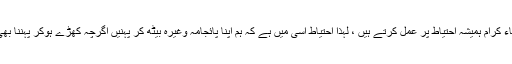
ہمارے علماء کرام ہمیشہ احتیاط پر عمل کرتے ہیں ، لہذا احتیاط اسی میں ہے کہ ہم اپنا پائجامہ وغیرہ بیٹھ کر پہنیں اگرچہ کھڑے ہوکر پہننا بھی جائز ہے۔